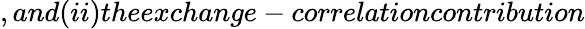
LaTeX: ,and(ii)theexchange-correlationcontribution